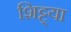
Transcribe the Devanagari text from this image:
शिट्ट्या